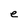
Character: e